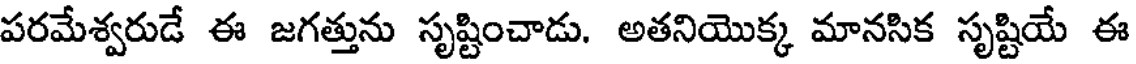
పరమేశ్వరుడే ఈ జగత్తును సృష్టించాడు. అతనియొక్క మానసిక సృష్టియే ఈ